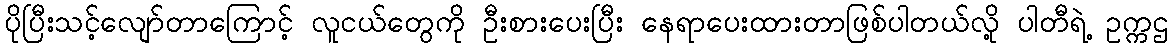
ပိုပြီးသင့်လျော်တာကြောင့် လူငယ်တွေကို ဦးစားပေးပြီး နေရာပေးထားတာဖြစ်ပါတယ်လို့ ပါတီရဲ့ ဥက္ကဌ